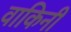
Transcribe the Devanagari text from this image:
वाकिनी